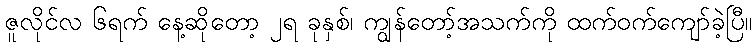
ဇူလိုင်လ ၆ရက် နေ့ဆိုတော့ ၂ရ ခုနှစ်၊ ကျွန်တော့်အသက်ကို ထက်ဝက်ကျော်ခဲ့ပြီ။